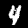
Label: 4